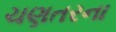
ચણતરના